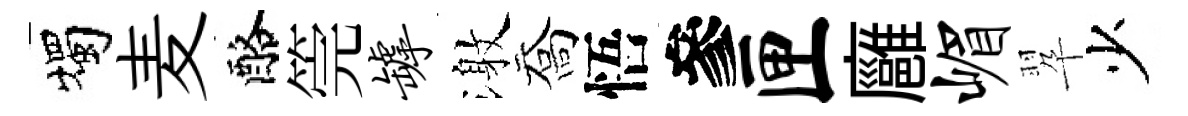
燭麦酪筦罅激喬悟參匣廱嵋翆少